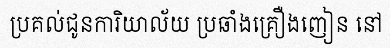
ប្រគល់ជូនការិយាល័យ ប្រឆាំងគ្រឿងញៀន នៅ